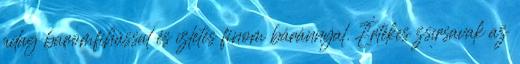
adag baromfihússal és ízletes finom báránnyal. Értékes zsírsavak az